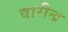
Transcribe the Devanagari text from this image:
वारीन्द्र